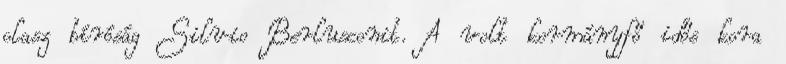
olasz bíróság Silvio Berlusconit. A volt kormányfő idős kora